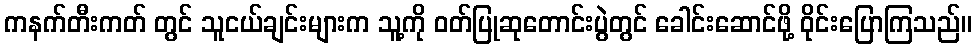
ကနက်တီးကတ် တွင် သူငယ်ချင်းများက သူ့ကို ဝတ်ပြုဆုတောင်းပွဲတွင် ခေါင်းဆောင်ဖို့ ဝိုင်းပြောကြသည်။